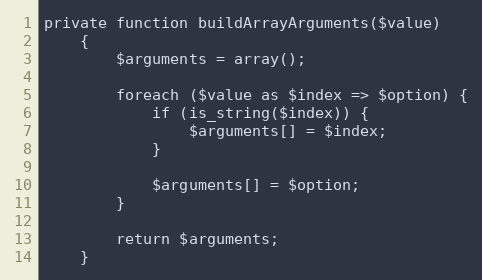
Language: PHP
private function buildArrayArguments($value)
    {
        $arguments = array();

        foreach ($value as $index => $option) {
            if (is_string($index)) {
                $arguments[] = $index;
            }

            $arguments[] = $option;
        }

        return $arguments;
    }